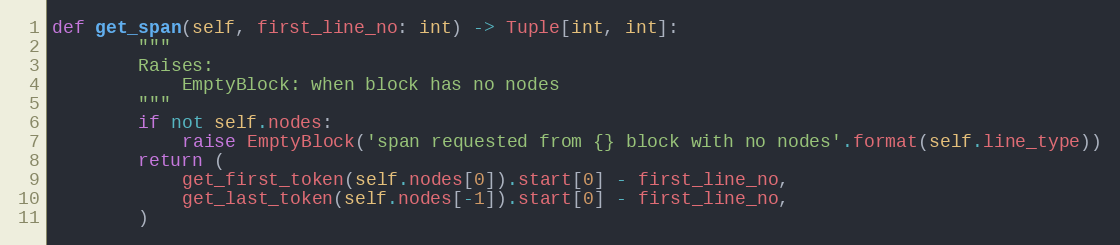
Language: Python
def get_span(self, first_line_no: int) -> Tuple[int, int]:
        """
        Raises:
            EmptyBlock: when block has no nodes
        """
        if not self.nodes:
            raise EmptyBlock('span requested from {} block with no nodes'.format(self.line_type))
        return (
            get_first_token(self.nodes[0]).start[0] - first_line_no,
            get_last_token(self.nodes[-1]).start[0] - first_line_no,
        )